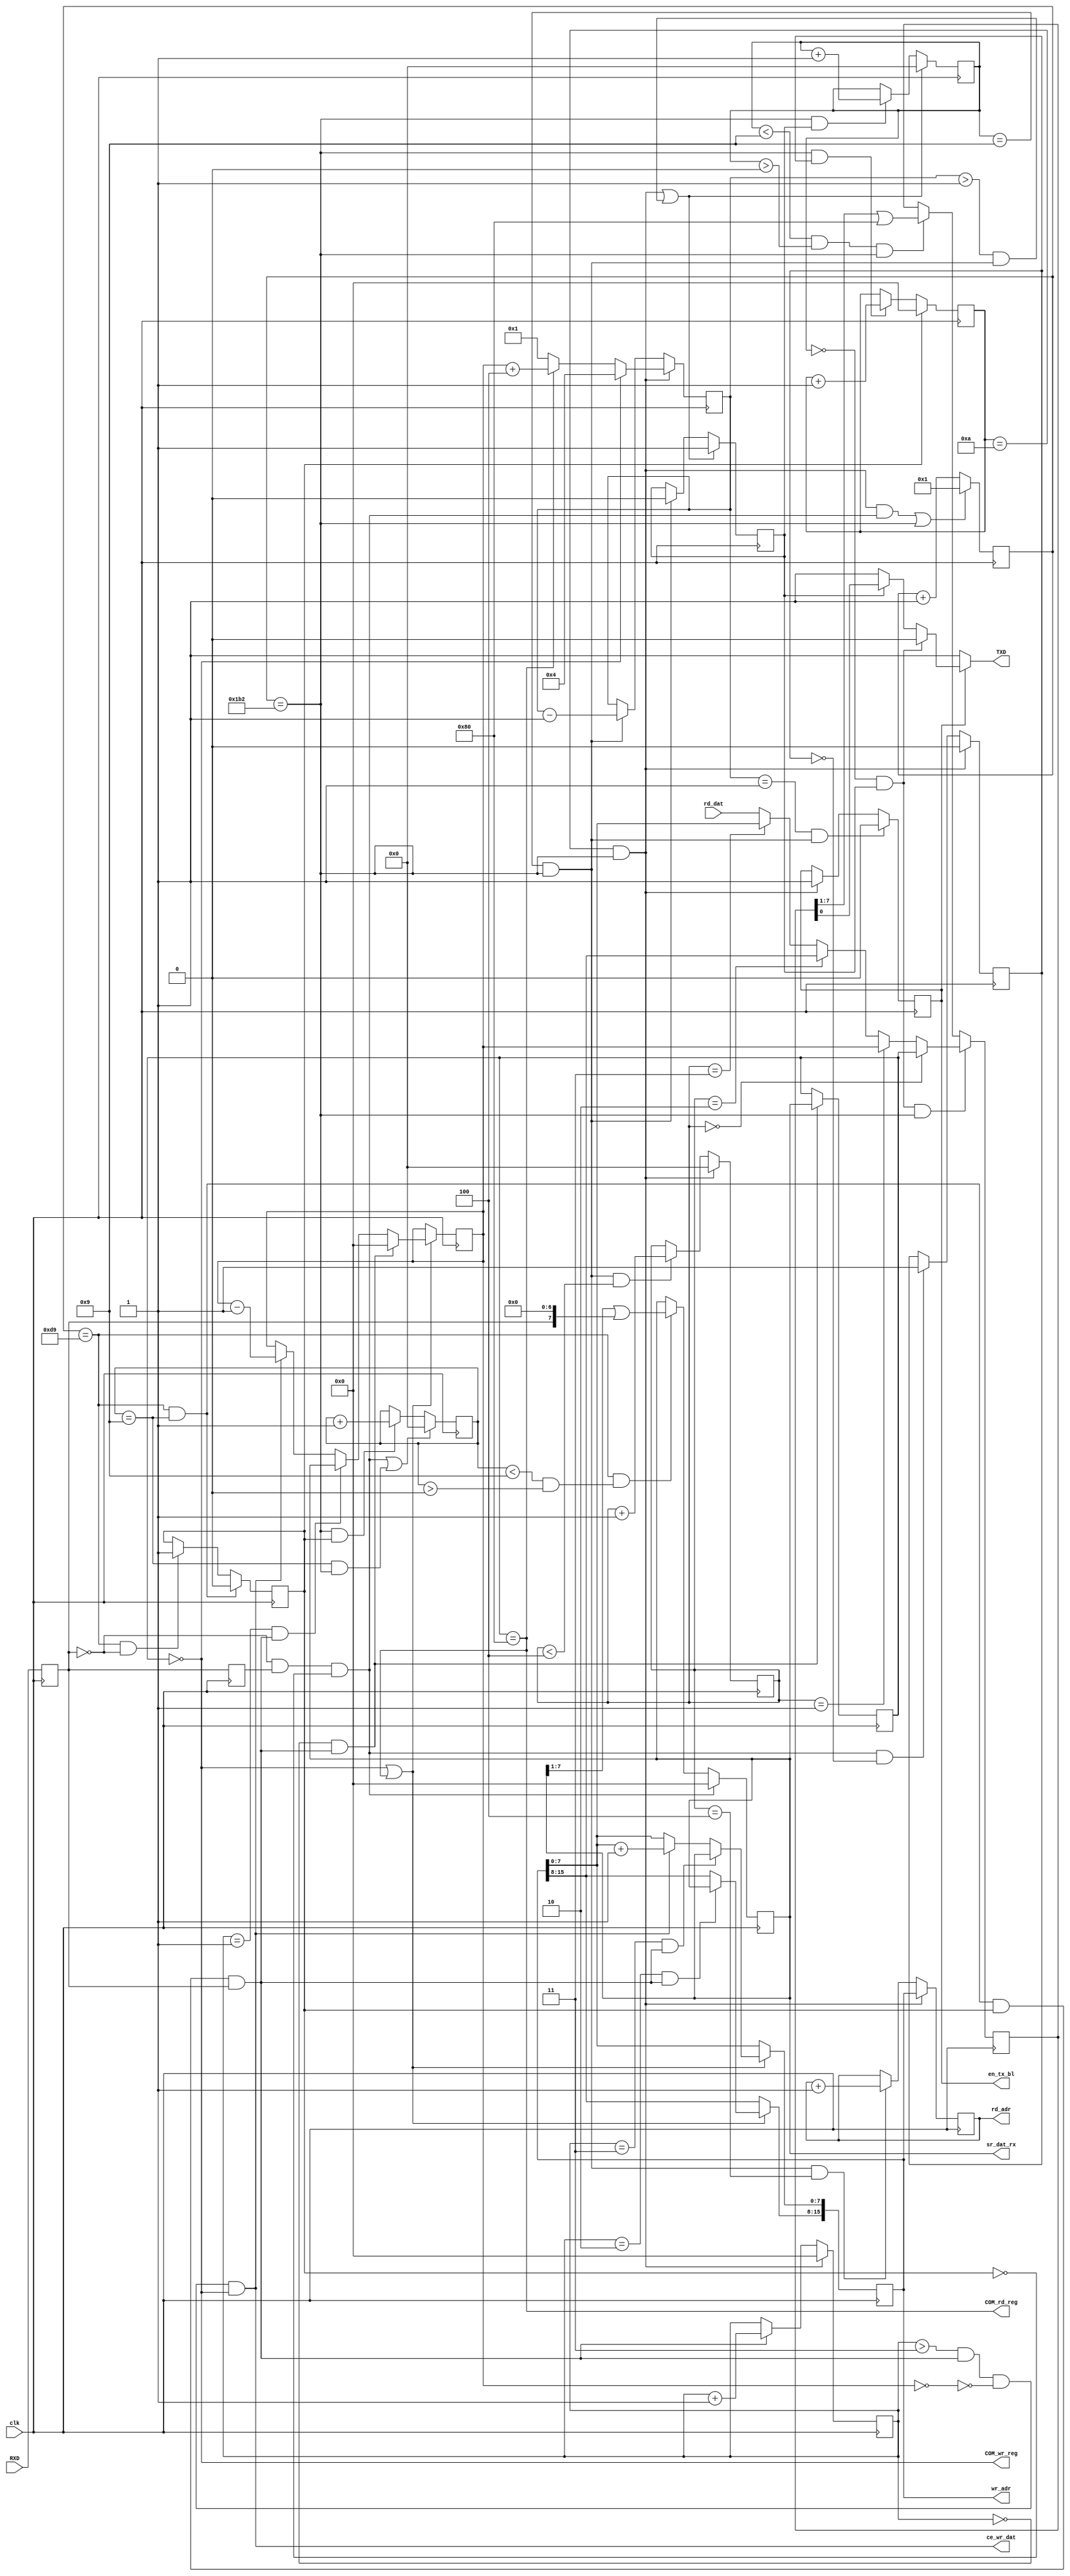
`timescale 1ns / 1ps


`define Fclk 50000000 //50MHz
//---PC UART (COM )----------------
`define UART_vel 115200 //115.2kBOD
`define UART_Nt `Fclk/`UART_vel //434
module UART_RX_TX( input clk, 		output wire TXD,
						input RXD,			 output reg[15:0] rd_adr=0,
						input [7:0]rd_dat, output reg[15:0] wr_adr=0,
												output reg [7:0] sr_dat_rx=0,
												output wire ce_wr_dat,
												output reg en_tx_bl=0,
												output wire COM_wr_reg,
												output wire COM_rd_reg);
reg [7:0]com=0 ; reg [7:0]rx_lbl=0 ;
assign COM_wr_reg = (com==8'h00) ; //  
//assign COM_wr_MEM = (com==8'h01) ; //  
assign COM_rd_reg = (com==8'h80) ; // 
//assign COM_rd_MEM = (com==8'h81) ; // 
wire com_wr = COM_wr_reg ;//| COM_wr_MEM ; // 
wire com_rd = COM_rd_reg ;//| COM_rd_MEM ; // 
wire my_com = com_wr | com_rd ; // 
//--------  ------------------------------
reg [11:0]cb_tact ; //   ()
wire ce_tact = (cb_tact==`UART_Nt) ; //Tce_tact=1/UARTvel
wire ce_bit = (cb_tact==(`UART_Nt/2)); // 
reg [3:0]cb_bit_rx=0 ; //    UART
reg [7:0]cb_res=0 ; // 
reg [7:0]cb_rx_byte=0 ; //  
reg tRXD=0, ttRXD=0, en_rx_byte=0, en_rx_bl=0 ;//en_sh_rx=0,
wire dRXD = !tRXD & ttRXD ; //""   RXD
wire ok_rx_byte = (ce_bit & (cb_bit_rx==9) & en_rx_byte & tRXD);//  
wire start_rx = dRXD & !en_rx_byte ; //   
wire ok_rx_bl = (cb_res==10) & ce_tact;//    (   10   )
wire start_rx_bl = start_rx & !en_rx_bl;//   
wire en_sh_rx = (cb_bit_rx<9) & (cb_bit_rx>0);
always @ (posedge clk) begin
tRXD <= RXD ; ttRXD <= tRXD ;
cb_tact <= (ok_rx_bl & start_rx | ce_tact)? 1 : cb_tact+1;
en_rx_byte <= ((cb_bit_rx==9) & ce_bit)? 0 : (ce_bit & !tRXD)? 1 : en_rx_byte ;
cb_bit_rx <= (start_rx | ((cb_bit_rx==9) & ce_tact))? 0 : (ce_tact & en_rx_byte)? cb_bit_rx+1 : cb_bit_rx ;
sr_dat_rx <= start_rx? 0 : (ce_bit & en_sh_rx)? sr_dat_rx >>1 | tRXD<<7 : sr_dat_rx ;//in
cb_rx_byte <= ok_rx_bl? 0 : ok_rx_byte? cb_rx_byte+1 : cb_rx_byte ;
cb_res <= en_rx_byte? 0 : (ce_tact & en_rx_bl)? cb_res+1 : cb_res ;
en_rx_bl <= ok_rx_bl? 0 : start_rx_bl? 1 : en_rx_bl ;
end
//   4- 
wire T_com = (cb_rx_byte==0) ; //1-  
wire T_lbl = (cb_rx_byte==1) ; //2-   
wire T_Hadr =(cb_rx_byte==2) ; //3-    
wire T_Ladr =(cb_rx_byte==3) ; //4-    
assign ce_wr_dat = (cb_rx_byte>3) & ok_rx_byte & !(rx_lbl==0) & com_wr;
//  
always @ (posedge clk) begin
com <= (T_com & ok_rx_byte) ? sr_dat_rx : com;
end
//     
always @ (posedge clk) if (my_com) begin
rx_lbl <= (T_com & ok_rx_byte)? 0 : (T_lbl & ok_rx_byte)? sr_dat_rx : ce_wr_dat? rx_lbl-1 : rx_lbl ;
wr_adr[15:8] <= (T_Hadr & ok_rx_byte)? sr_dat_rx : wr_adr[15:8];
wr_adr[ 7:0] <= (T_Ladr & ok_rx_byte)? sr_dat_rx : ce_wr_dat? wr_adr[7:0]+1 : wr_adr[7:0] ;
end
//------ -------------------------------------
reg en_tx_byte=0 ; //  
reg [3:0] cb_bit_tx=0 ; //  
reg [7:0] sr_dat_tx=0 ; //   
reg [7:0] cb_byte_tx=0 ; //     
reg [3:0]cb_tx_byte =0 ; //    
wire T_start = ((cb_bit_tx==0) & en_tx_byte) ; //  
wire en_sh_tx = (cb_bit_tx<9) & (cb_bit_tx>0); //   
wire T_stop = (cb_bit_tx==9) ; //  
wire ce_stop = T_stop & ce_tact ; //  
wire rep_st = ok_rx_bl | ((cb_byte_tx>1) & ce_stop) ;//   
wire txd_1Byte = T_start? 0 : en_tx_byte? sr_dat_tx[0] : 1 ;//TXD  
assign TXD = en_tx_bl? txd_1Byte : 1 ; //TXD  
//  
wire[7:0]lbl_tx = com_wr? 4 ://4    
com_rd? rx_lbl+4 ://4  +      
1 ; //1   "" 
//   
wire[7:0]tx_dat = (cb_tx_byte==0)? com : //
(cb_tx_byte==1)? rx_lbl : // 
(cb_tx_byte==2)? wr_adr[15:8] : //  
(cb_tx_byte==3)? wr_adr[ 7:0] : //  
rd_dat ; //
always @ (posedge clk) begin
cb_tx_byte <= ok_rx_bl? 0 : (ce_stop & (cb_tx_byte<4) )? cb_tx_byte+1 : cb_tx_byte ;
rd_adr <= ok_rx_bl? wr_adr: (ce_stop & (cb_tx_byte==4))? rd_adr+1 : rd_adr ;
en_tx_byte <= rep_st? 1 : (T_stop & ce_tact)? 0 : en_tx_byte ;
cb_bit_tx <= rep_st? 0 : (ce_tact & en_tx_byte)? cb_bit_tx+1 : cb_bit_tx ;
sr_dat_tx <= (T_start & ce_tact)? tx_dat : (en_sh_tx & ce_tact)? sr_dat_tx>>1 | 1<<7 : sr_dat_tx ;
cb_byte_tx <= ok_rx_bl? lbl_tx : ce_stop? cb_byte_tx-1 : cb_byte_tx ;
en_tx_bl <= ((cb_byte_tx==1) & ce_stop)? 0 : ok_rx_bl? 1 : en_tx_bl ;
end
endmodule